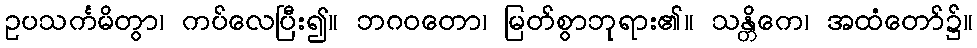
ဥပသင်္ကမိတွာ၊ ကပ်လေပြီး၍။ ဘဂဝတော၊ မြတ်စွာဘုရား၏။ သန္တိကေ၊ အထံတော်၌။